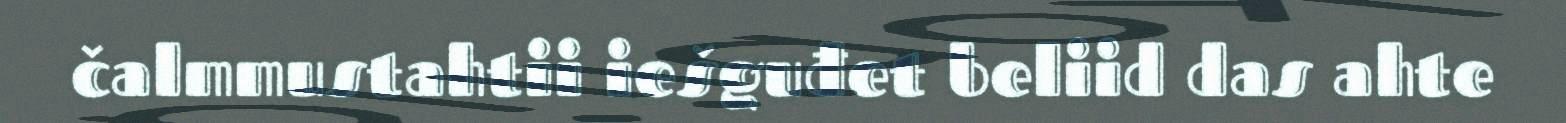
čalmmustahtii iešguđet beliid das ahte